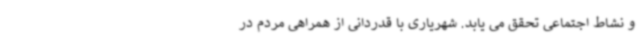
و نشاط اجتماعی تحقق می یابد. شهریاری با قدردانی از همراهی مردم در